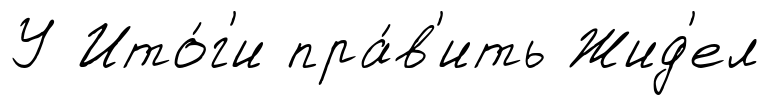
У Ито́г'и пра́в'ить Жид'ел